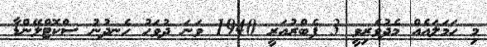
މި ހަމަލައެއް މެދުވެރިވީ 3 ފެބްރުއަރީ 1940 ވަނަ ދުވަހު ހެނދުނު ސްކޮޓްލޭންޑާ